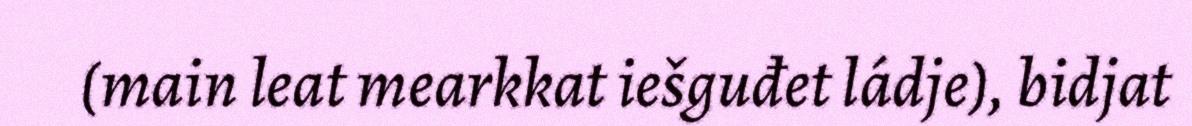
(main leat mearkkat iešguđet ládje), bidjat